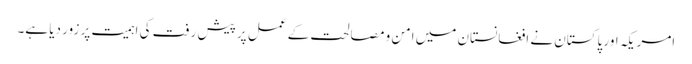
امریکہ اور پاکستان نے افغانستان میں امن و مصالحت کے عمل پر پیش رفت کی اہمیت پر زور دیا ہے۔